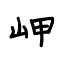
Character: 岬